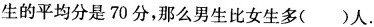
生的平均分是70分，那么男生比女生多(